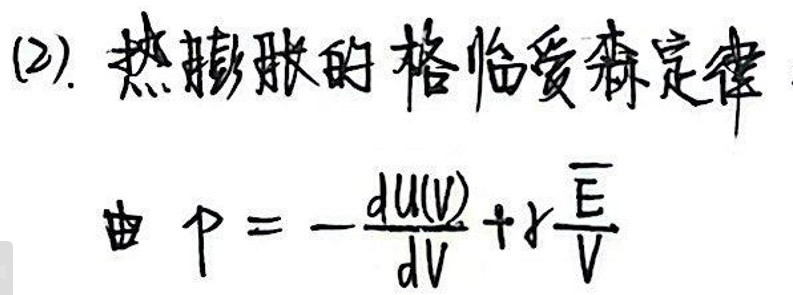
(2). 热膨胀的格林爱森定律
\[ p = -\frac{dU(V)}{dV} + \gamma \frac{E}{V} \]